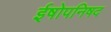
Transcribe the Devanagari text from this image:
ईषोपनिषद